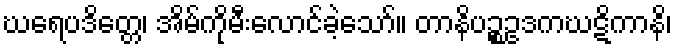
ဃရေပဒိတ္တေ၊ အိမ်ကိုမီးလောင်ခဲ့သော်။ တာနိပဉ္စဥဒကဃဋိကာနိ၊